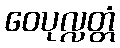
ဝေပုလ္လတ္တံ